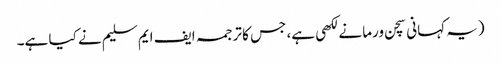
(یہ کہانی سچن ورما نے لکھی ہے، جس کا ترجمہ ایف ایم سلیم نے کیا ہے۔